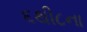
૬થી૮ના